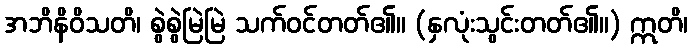
အဘိနိဝိသတိ၊ စွဲစွဲမြဲမြဲ သက်ဝင်တတ်၏။ (နှလုံးသွင်းတတ်၏။) ဣတိ၊